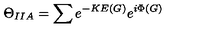
\Theta _ { I I A } = \sum e ^ { - K E ( G ) } e ^ { i \Phi ( G ) }